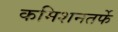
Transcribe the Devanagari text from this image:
कमिशनतर्फे